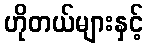
ဟိုတယ်များနှင့်